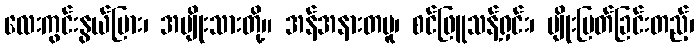
လေးကွင်းနွယ်ပြား၊ အမျိုးသားတို့။ အန်အနားတမူ၊ စင်ဖြူသန့်ရှင်း၊ မျိုးမြတ်ခြင်းတည့်၊